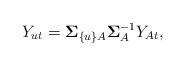
LaTeX: \begin{align*} Y_{u t} = {\bf \Sigma}_{ \{u\} A} {\bf \Sigma}_{A}^{-1} Y_{A t}, \end{align*}